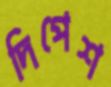
দিপেশ